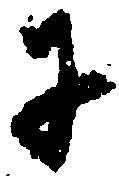
に